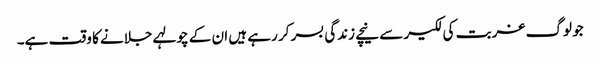
جو لوگ غربت کی لکیر سے نیچے زندگی بسر کر رہے ہیں ان کے چولہے جلانے کا وقت ہے۔